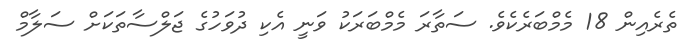
ތެރެއިން 18 މެމްބަރެކެވެ. ސަތާރަ މެމްބަރަކު ވަނީ އެކި ދުވަހުގެ ޖަލްސާތަކަށް ސަލާމް